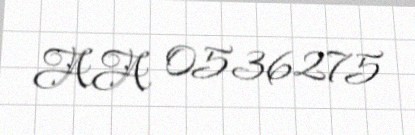
AA 0536275